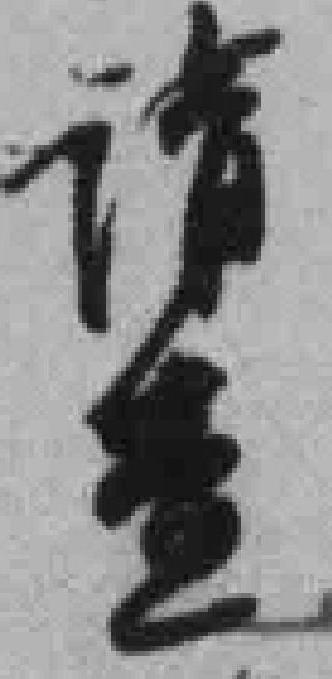
请查